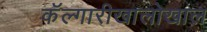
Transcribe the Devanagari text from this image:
कॅल्गारीखालोखाल